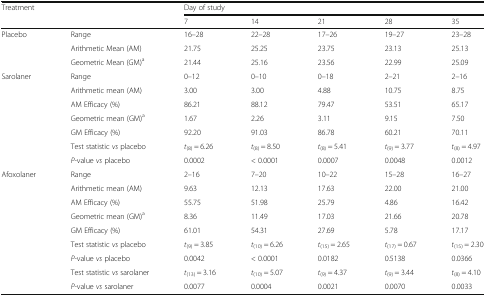
<table><thead><tr><td rowspan="2"><b>Treatment</b></td><td></td><td colspan="5"><b>Day of study</b></td></tr><tr><td></td><td><b>7</b></td><td><b>14</b></td><td><b>21</b></td><td><b>28</b></td><td><b>35</b></td></tr></thead><tbody><tr><td rowspan="3">Placebo</td><td>Range</td><td>16–28</td><td>22–28</td><td>17–26</td><td>19–27</td><td>23–28</td></tr><tr><td>Arithmetic Mean (AM)</td><td>21.75</td><td>25.25</td><td>23.75</td><td>23.13</td><td>25.13</td></tr><tr><td>Geometric Mean (GM)<sup>a</sup></td><td>21.44</td><td>25.16</td><td>23.56</td><td>22.99</td><td>25.09</td></tr><tr><td rowspan="7">Sarolaner</td><td>Range</td><td>0–12</td><td>0–10</td><td>0–18</td><td>2–21</td><td>2–16</td></tr><tr><td>Arithmetic mean (AM)</td><td>3.00</td><td>3.00</td><td>4.88</td><td>10.75</td><td>8.75</td></tr><tr><td>AM Efficacy (%)</td><td>86.21</td><td>88.12</td><td>79.47</td><td>53.51</td><td>65.17</td></tr><tr><td>Geometric mean (GM)<sup>a</sup></td><td>1.67</td><td>2.26</td><td>3.11</td><td>9.15</td><td>7.50</td></tr><tr><td>GM Efficacy (%)</td><td>92.20</td><td>91.03</td><td>86.78</td><td>60.21</td><td>70.11</td></tr><tr><td>Test statistic <i>vs</i> placebo</td><td><i>t</i><sub>(8)</sub> = 6.26</td><td><i>t</i><sub>(8)</sub> = 8.50</td><td><i>t</i><sub>(8)</sub> = 5.41</td><td><i>t</i><sub>(9)</sub> = 3.77</td><td><i>t</i><sub>(8)</sub> = 4.97</td></tr><tr><td><i>P</i>-value <i>vs</i> placebo</td><td>0.0002</td><td>&lt; 0.0001</td><td>0.0007</td><td>0.0048</td><td>0.0012</td></tr><tr><td rowspan="9">Afoxolaner</td><td>Range</td><td>2–16</td><td>7–20</td><td>10–22</td><td>15–28</td><td>16–27</td></tr><tr><td>Arithmetic mean (AM)</td><td>9.63</td><td>12.13</td><td>17.63</td><td>22.00</td><td>21.00</td></tr><tr><td>AM Efficacy (%)</td><td>55.75</td><td>51.98</td><td>25.79</td><td>4.86</td><td>16.42</td></tr><tr><td>Geometric mean (GM)<sup>a</sup></td><td>8.36</td><td>11.49</td><td>17.03</td><td>21.66</td><td>20.78</td></tr><tr><td>GM Efficacy (%)</td><td>61.01</td><td>54.31</td><td>27.69</td><td>5.78</td><td>17.17</td></tr><tr><td>Test statistic <i>vs</i> placebo</td><td><i>t</i><sub>(9)</sub> = 3.85</td><td><i>t</i><sub>(10)</sub> = 6.26</td><td><i>t</i><sub>(15)</sub> = 2.65</td><td><i>t</i><sub>(17)</sub> = 0.67</td><td><i>t</i><sub>(15)</sub> = 2.30</td></tr><tr><td><i>P</i>-value <i>vs</i> placebo</td><td>0.0042</td><td>&lt; 0.0001</td><td>0.0182</td><td>0.5138</td><td>0.0366</td></tr><tr><td>Test statistic <i>vs</i> sarolaner</td><td><i>t</i><sub>(13)</sub> = 3.16</td><td><i>t</i><sub>(10)</sub> = 5.07</td><td><i>t</i><sub>(9)</sub> = 4.37</td><td><i>t</i><sub>(9)</sub> = 3.44</td><td><i>t</i><sub>(8)</sub> = 4.10</td></tr><tr><td><i>P</i>-value <i>vs</i> sarolaner</td><td>0.0077</td><td>0.0004</td><td>0.0021</td><td>0.0070</td><td>0.0033</td></tr></tbody></table>